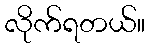
လိုက်ရတယ်။